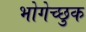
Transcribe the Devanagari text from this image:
भोगेच्छुक